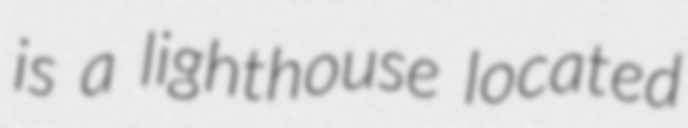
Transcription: is a lighthouse located